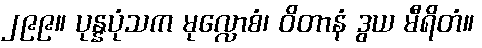
၂၉၉။ ပုန္နပုံသက မုလ္လောစံ၊ ဝိတာနံ ဒွယ မီရိတံ။